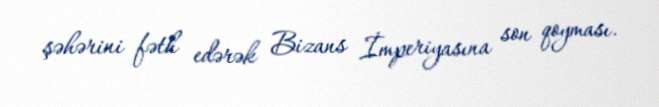
şəhərini fəth edərək Bizans İmperiyasına son qoyması.